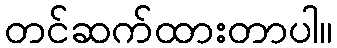
တင်ဆက်ထားတာပါ။